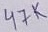
Text: 47K